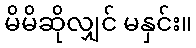
မိမိဆိုလျှင် မနှင်း။